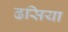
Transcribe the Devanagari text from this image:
ढसिया